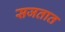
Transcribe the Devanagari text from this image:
सजतात